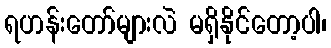
ရဟန်းတော်များလဲ မရှိနိုင်တော့ပါ၊